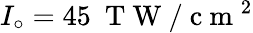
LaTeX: I_{\circ}=45\ \mathrm{~T~W~}/\mathrm{~c~m~}^{2}